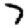
Digit: 7